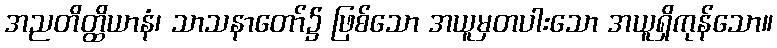
အညတိတ္ထိယာနံ၊ သာသနာတော်၌ ဖြစ်သော အယူမှတပါးသော အယူရှိကုန်သော။